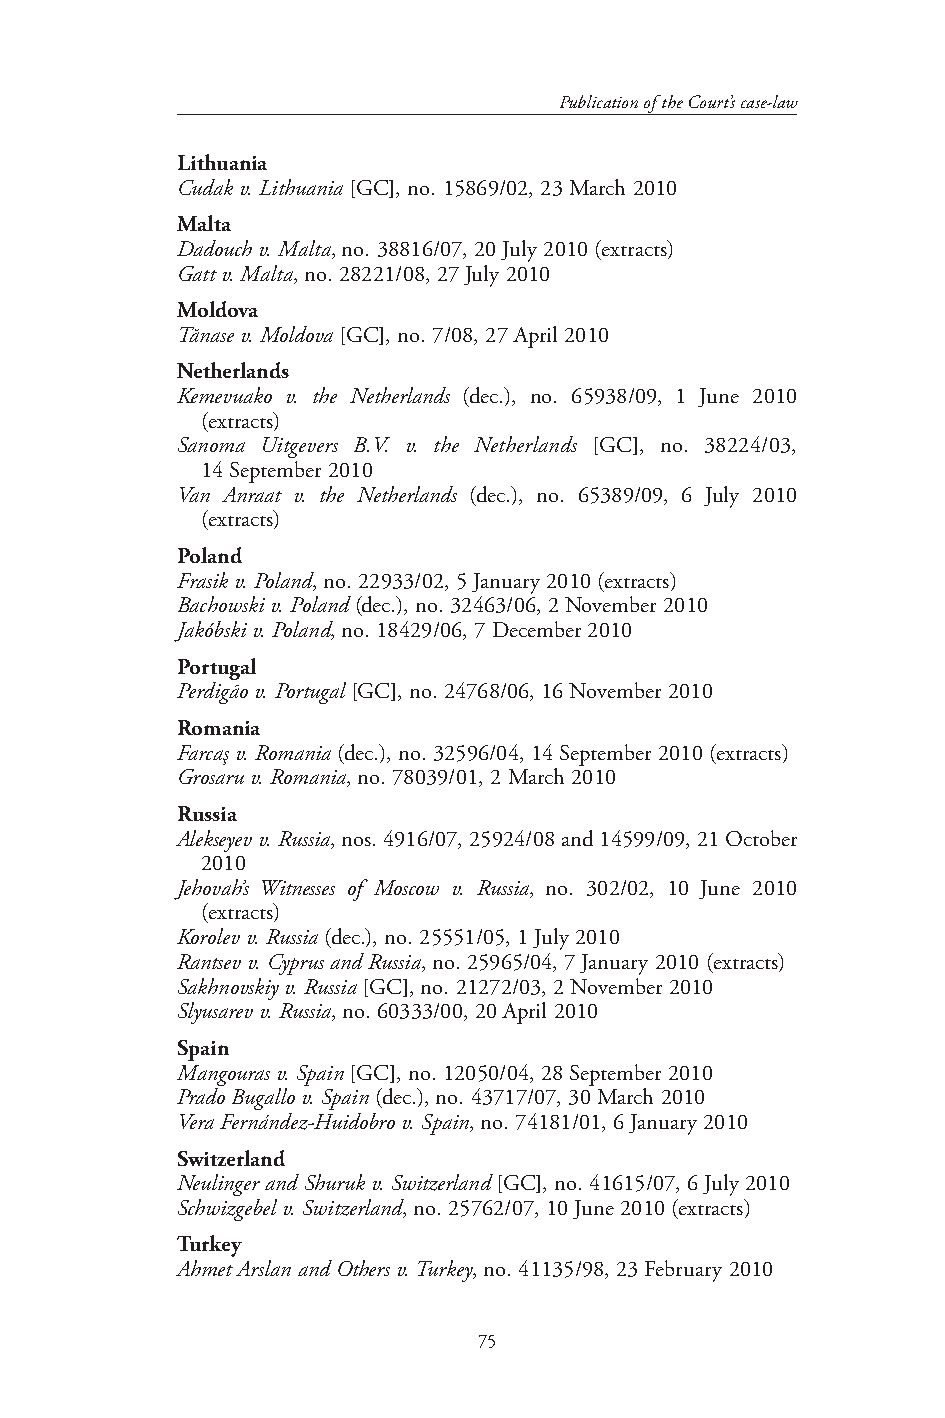
Publication of the Court’s case-law
 Lithuania
 Cudak v. Lithuania [GC], no. 15869/02, 23 March 2010
 Malta
 Dadouch v. Malta, no. 38816/07, 20 July 2010 (extracts)
 Gatt v. Malta, no. 28221/08, 27 July 2010
 Moldova
 Tănase v. Moldova [GC], no. 7/08, 27 April 2010
 Netherlands
 Kemevuako v. the Netherlands (dec.), no. 65938/09, 1 June 2010
 (extracts)
 Sanoma Uitgevers B.V. v. the Netherlands [GC], no. 38224/03,
 14 September 2010
 Van Anraat v. the Netherlands (dec.), no. 65389/09, 6 July 2010
 (extracts)
 Poland
 Frasik v. Poland, no. 22933/02, 5 January 2010 (extracts)
 Bachowski v. Poland (dec.), no. 32463/06, 2 November 2010
 Jakóbski v. Poland, no. 18429/06, 7 December 2010
 Portugal
 Perdigão v. Portugal [GC], no. 24768/06, 16 November 2010
 Romania
 Farcaş v. Romania (dec.), no. 32596/04, 14 September 2010 (extracts)
 Grosaru v. Romania, no. 78039/01, 2 March 2010
 Russia
 Alekseyev v. Russia, nos. 4916/07, 25924/08 and 14599/09, 21 October
 2010
 Jehovah’s Witnesses of Moscow v. Russia, no. 302/02, 10 June 2010
 (extracts)
 Korolev v. Russia (dec.), no. 25551/05, 1 July 2010
 Rantsev v. Cyprus and Russia, no. 25965/04, 7 January 2010 (extracts)
 Sakhnovskiy v. Russia [GC], no. 21272/03, 2 November 2010
 Slyusarev v. Russia, no. 60333/00, 20 April 2010
 Spain
 Mangouras v. Spain [GC], no. 12050/04, 28 September 2010
 Prado Bugallo v. Spain (dec.), no. 43717/07, 30 March 2010
 Vera Fernández-Huidobro v. Spain, no. 74181/01, 6 January 2010
 Switzerland
 Neulinger and Shuruk v. Switzerland [GC], no. 41615/07, 6 July 2010
 Schwizgebel v. Switzerland, no. 25762/07, 10 June 2010 (extracts)
 Turkey
 Ahmet Arslan and Others v. Turkey, no. 41135/98, 23 February 2010
 75